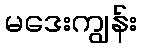
မဒေးကျွန်း